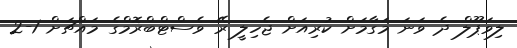
ލިވަޕޫލް ދެ ވަނަ މަގާމަށް ކުރިއަށް ޖެހިލީ ރޭ ވެސްޓްބްރޮމްގެ މައްޗަށް 1-2